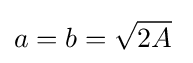
a=b={\sqrt {2A}}\;